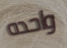
واحده